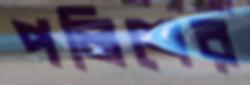
পলিশের